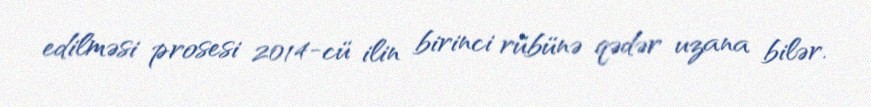
edilməsi prosesi 2014-cü ilin birinci rübünə qədər uzana bilər.